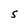
Character: S